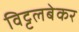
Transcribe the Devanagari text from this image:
विट्टलबेकर